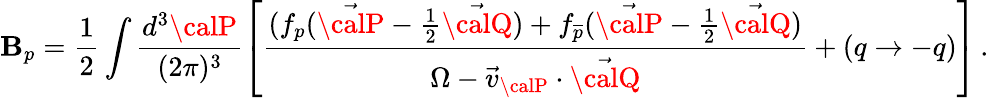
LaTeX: \mathbf{B}_{p}=\frac{{1}}{{2}}\int\frac{{d^{3}{\calP}}}{{(2\pi)^{3}}}\left[\frac{{(f_{p}(\vec{{\calP}}-\frac{{1}}{{2}}\vec{{\calQ}})+f_{\overline{{{p}}}}(\vec{{\calP}}-\frac{{1}}{{2}}\vec{{\calQ}})}}{{\Omega-\vec{{v}}_{\calP}\cdot\vec{{\calQ}}}}+(q\rightarrow-q)\right]\, .